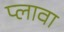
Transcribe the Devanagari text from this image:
प्लावा